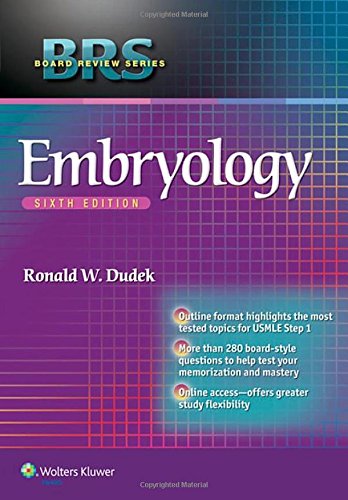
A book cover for BRS Embryology (Lippincott Board Review); Dr. Ronald W. Dudek PhD; Medical Books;